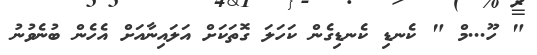
" ހޫ...މް " ކެނޑި ކެނޑިގެން ކަހަލަ ގޮތަކަށް އަލައިނާއަށް އެހެން ބުނެވުނު